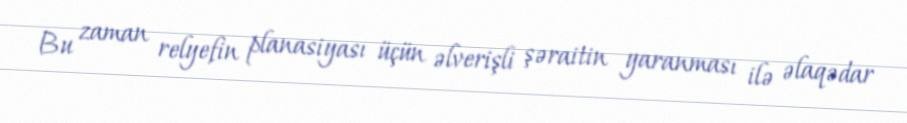
Bu zaman relyefin planasiyası üçün əlverişli şəraitin yaranması ilə əlaqədar